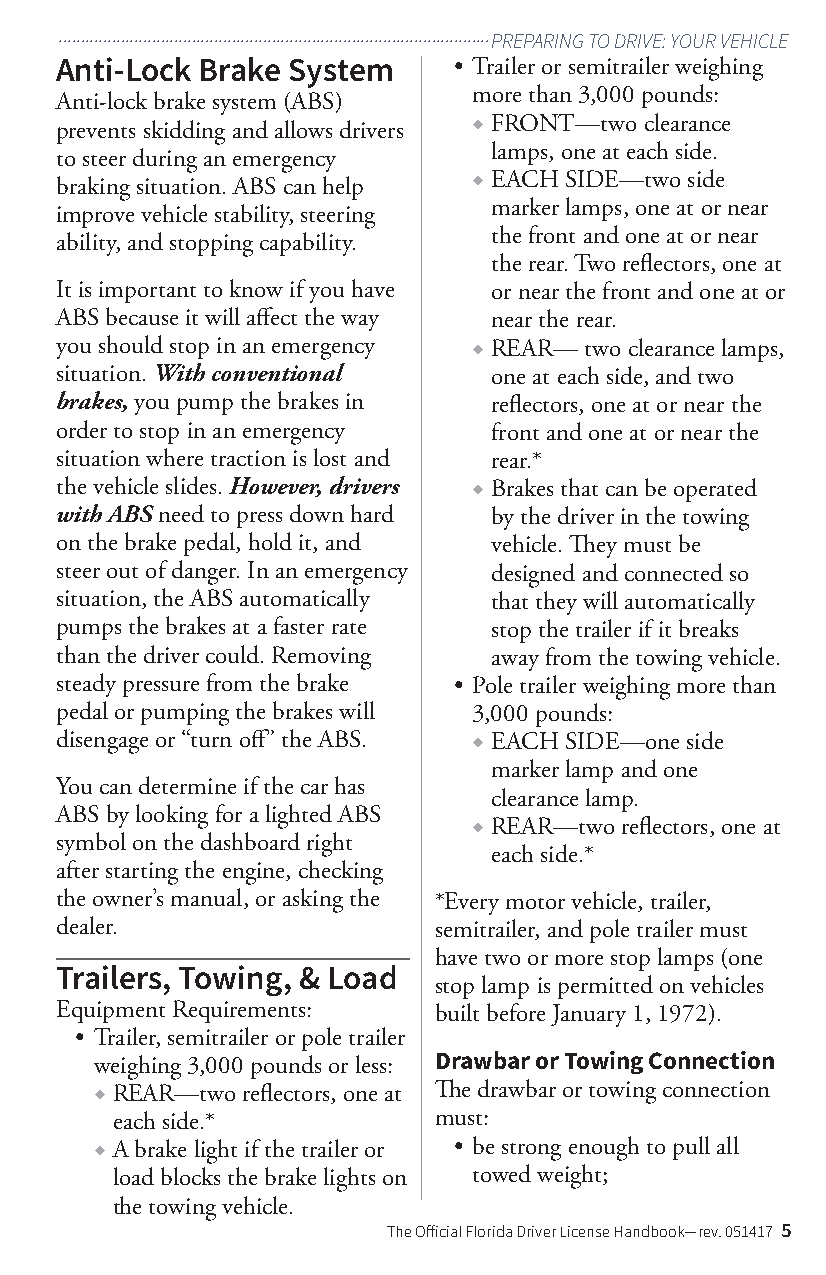
.................................................................................................PREPARING TO DRIVE: YOUR VEHICLE
 Anti-Lock Brake System    • Trailer or semitrailer weighing
 more than 3,000 pounds:
 Anti-lock brake system (ABS)
 ◆ FRONT—two clearance
 prevents skidding and allows drivers
 lamps, one at each side.
 to steer during an emergency
 ◆ EACH SIDE—two side
 braking situation. ABS can help
 marker lamps, one at or near
 improve vehicle stability, steering
 the front and one at or near
 ability, and stopping capability.
 the rear. Two reflectors, one at
 It is important to know if you have or near the front and one at or
 ABS because it will affect the way near the rear.
 you should stop in an emergency ◆ REAR— two clearance lamps,
 situation. With conventional one at each side, and two
 brakes, you pump the brakes in reflectors, one at or near the
 order to stop in an emergency front and one at or near the
 situation where traction is lost and rear.*
 the vehicle slides. However, drivers ◆ Brakes that can be operated
 with ABS need to press down hard by the driver in the towing
 on the brake pedal, hold it, and vehicle. They must be
 steer out of danger. In an emergency designed and connected so
 situation, the ABS automatically that they will automatically
 pumps the brakes at a faster rate stop the trailer if it breaks
 than the driver could. Removing away from the towing vehicle.
 steady pressure from the brake • Pole trailer weighing more than
 pedal or pumping the brakes will 3,000 pounds:
 disengage or “turn off” the ABS. ◆ EACH SIDE—one side
 marker lamp and one
 You can determine if the car has
 clearance lamp.
 ABS by looking for a lighted ABS
 ◆ REAR—two reflectors, one at
 symbol on the dashboard right
 each side.*
 after starting the engine, checking
 the owner’s manual, or asking the *Every motor vehicle, trailer,
 dealer.                  semitrailer, and pole trailer must
 have two or more stop lamps (one
 Trailers, Towing, & Load
 stop lamp is permitted on vehicles
 Equipment Requirements:  built before January 1, 1972).
 • Trailer, semitrailer or pole trailer
 weighing 3,000 pounds or less: Drawbar or Towing Connection
 ◆ REAR—two reflectors, one at The drawbar or towing connection
 each side.*           must:
 ◆ A brake light if the trailer or • be strong enough to pull all
 load blocks the brake lights on towed weight;
 the towing vehicle.
 The Official Florida Driver License Handbook—rev. 051417 5